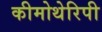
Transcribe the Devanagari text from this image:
कीमोथेरिपी